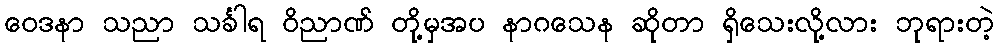
ဝေဒနာ သညာ သင်္ခါရ ဝိညာဏ် တို့မှအပ နာဂသေန ဆိုတာ ရှိသေးလို့လား ဘုရားတဲ့